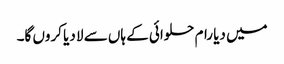
میں دیا رام حلوائی کے ہاں سے لا دیا کروں گا۔